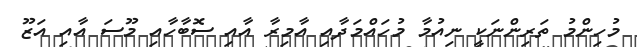
މުހިންމު ތަރިންނަކީ ނިއުމާ މުހައްމަދާއި އާމިރާ އާއި ސޮބާހާއި މޫސަ އާއި އަޒޫ